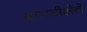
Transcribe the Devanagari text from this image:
धम्मदीक्षेचे